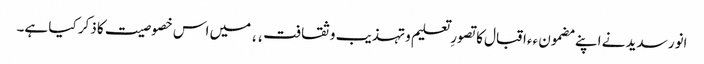
انور سدید نے اپنے مضمون ٫٫اقبال کا تصورِ تعلیم و تہذیب و ثقافت٬٬ میں اس خصوصیت کا ذکر کیا ہے۔